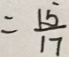
= \frac { 1 5 } { 1 7 }